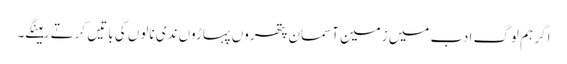
اگر ہم لوگ ادب میں زمین آسمان پتھروں پہاڑوں ندی نالوں کی باتیں کرتے رہینگے۔